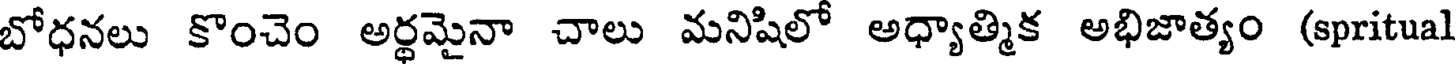
బోధనలు కొంచెం అర్థమైనా చాలు మనిషిలో అధ్యాత్మిక అభిజాత్యం (spritual